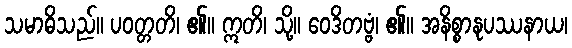
သမာဓိသည်။ ပဝတ္တတိ၊ ၏။ ဣတိ၊ သို့။ ဝေဒိတဗ္ဗံ၊ ၏။ အနိစ္စာနုပဿနာယ၊